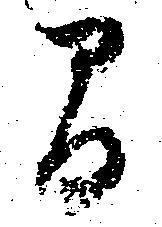
間